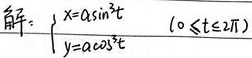
解：
\(\begin{cases}
x = a\sin^{2}t\\
y = a\cos^{2}t
\end{cases}(0\leq t\leq 2\pi)\)